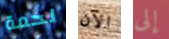
لحمة الآن إلى